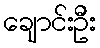
ချောင်းဦး